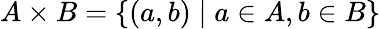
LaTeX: A\times B=\{ (a,b)\mid a\in A,b\in B\}